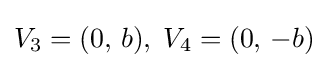
V_{3}=(0,\,b),\;V_{4}=(0,\,-b)